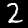
Digit: 2